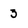
Character: 3